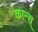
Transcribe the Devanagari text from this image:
कान्स्